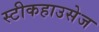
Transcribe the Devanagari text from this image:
स्टीकहाउसेज